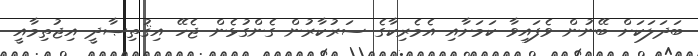
ބަދަލަކަށް ބޭނުން ވެފައިވާ ކަމަށާއި އެމެރިކާގެ ސަރުކާރުން ގެންގުޅެން ޖެހޭ އިޤުތިޞާދީ އިޖުތިމާއީ